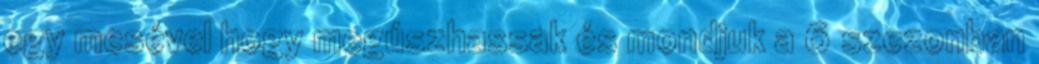
egy mesével hogy megúszhassak és mondjuk a 6 szezonban